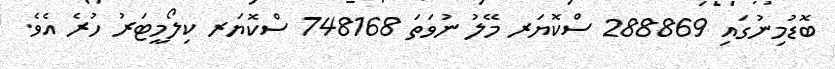
ބޮޑުމިނުގައި 288869 ސްކޮޔަރ މޭލު ނުވަތަ 748168 ސްކޮޔަރ ކިލޯމީޓަރު ހުރެ އެވެ.